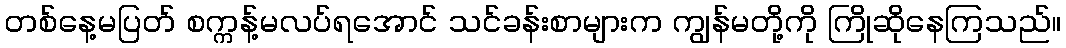
တစ်နေ့မပြတ် စက္ကန့်မလပ်ရအောင် သင်ခန်းစာများက ကျွန်မတို့ကို ကြိုဆိုနေကြသည်။